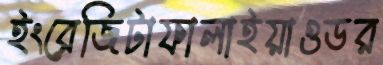
ইংরেজিটাফালাইয়াওডর